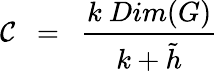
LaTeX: \mathcal{C}~~=~~{\frac{{k~Dim(G)}}{{k+{\tilde{{h}}}}}}